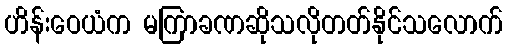
ဟိန်းဝေယံက မကြာခဏဆိုသလိုတတ်နိုင်သလောက်